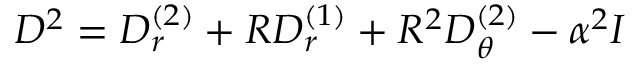
D ^ { 2 } = D _ { r } ^ { ( 2 ) } + R D _ { r } ^ { ( 1 ) } + R ^ { 2 } D _ { \theta } ^ { ( 2 ) } - \alpha ^ { 2 } I